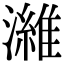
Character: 濰